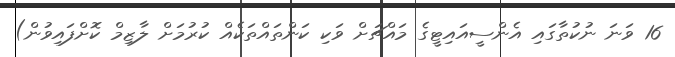
16 ވަނަ ނުކުތާގައި އެންސީއައިޓީގެ މައްޗަށް ވަކި ކަންތައްތަކެއް ކުރުމަށް ލާޒިމް ކޮށްފައިވުން)